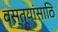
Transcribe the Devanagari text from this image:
वस्त्यांसाठि